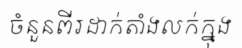
ចំនួនពីរដាក់តាំងលក់ក្នុង